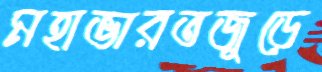
মহাভারতজুড়ে